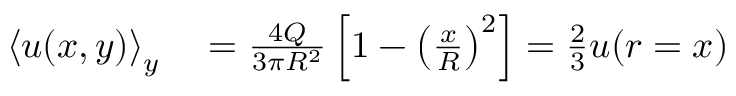
\begin{array} { r l } { \left< u ( x , y ) \right> _ { y } } & { { } = \frac { 4 Q } { 3 \pi R ^ { 2 } } \left[ 1 - \left( \frac { x } { R } \right) ^ { 2 } \right] = \frac { 2 } { 3 } u ( r = x ) } \end{array}